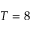
T = 8